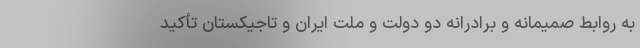
به روابط صمیمانه و برادرانه دو دولت و ملت ایران و تاجیکستان تأکید